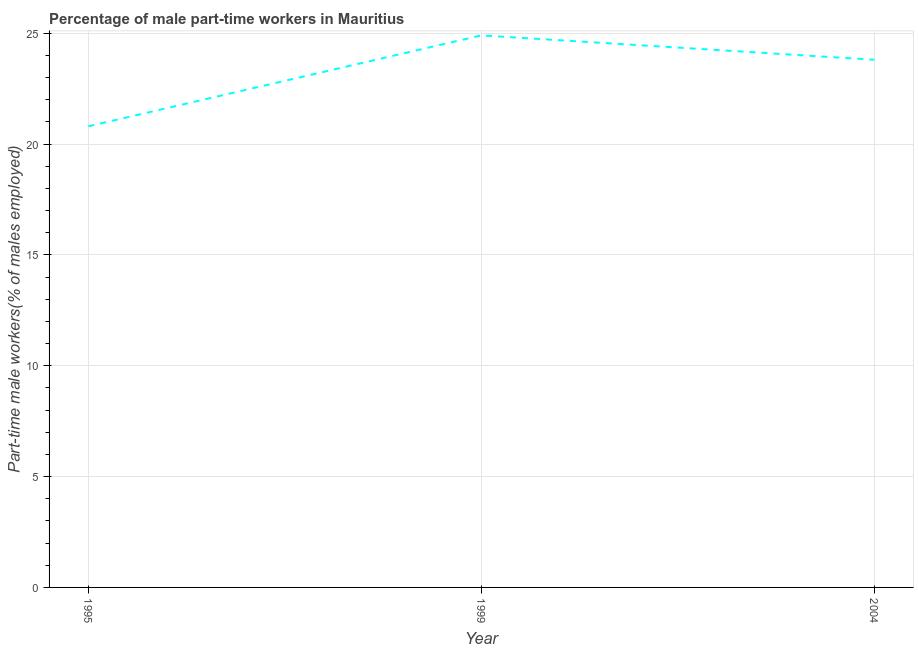
| Year | Part time employment |
 | --- | --- |
 | 1995 | 20.8 |
 | 1999 | 24.9 |
 | 2004 | 23.8 |